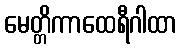
မေတ္တိကာထေရီဂါထာ